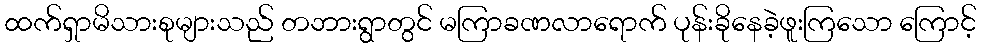
ထက်ရှာမိသားစုများသည် တဘားရွာတွင် မကြာခဏလာရောက် ပုန်းခိုနေခဲ့ဖူးကြသော ကြောင့်